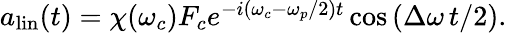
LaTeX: \begin{array}{r}{a_{\mathrm{lin}}(t)=\chi(\omega_{c})F_{c}e^{-i(\omega_{c}-\omega_{p}/2)t}\cos{\left(\Delta\omega\, t/2\right)}.}\end{array}